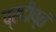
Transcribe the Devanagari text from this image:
प्रदीप्तं